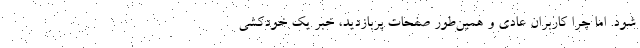
شود. اما چرا کاربران عادی و همین‌طور صفحات پربازدید، خبر یک خودکشی